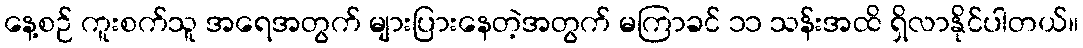
နေ့စဉ် ကူးစက်သူ အရေအတွက် များပြားနေတဲ့အတွက် မကြာခင် ၁၁ သန်းအထိ ရှိလာနိုင်ပါတယ်။